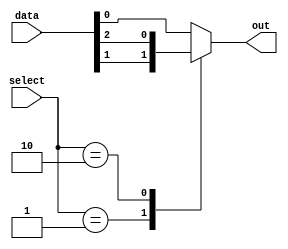
module mux_32to1 (
    input [31:0] data,
    input [4:0] select,
    output reg out
);

always @* begin
    case (select)
        5'b00000: out = data[0];
        5'b00001: out = data[1];
        5'b00010: out = data[2];
        // Add cases for remaining inputs up to data[31]
        default: out = data[0]; // Default case
    endcase
end

endmodule